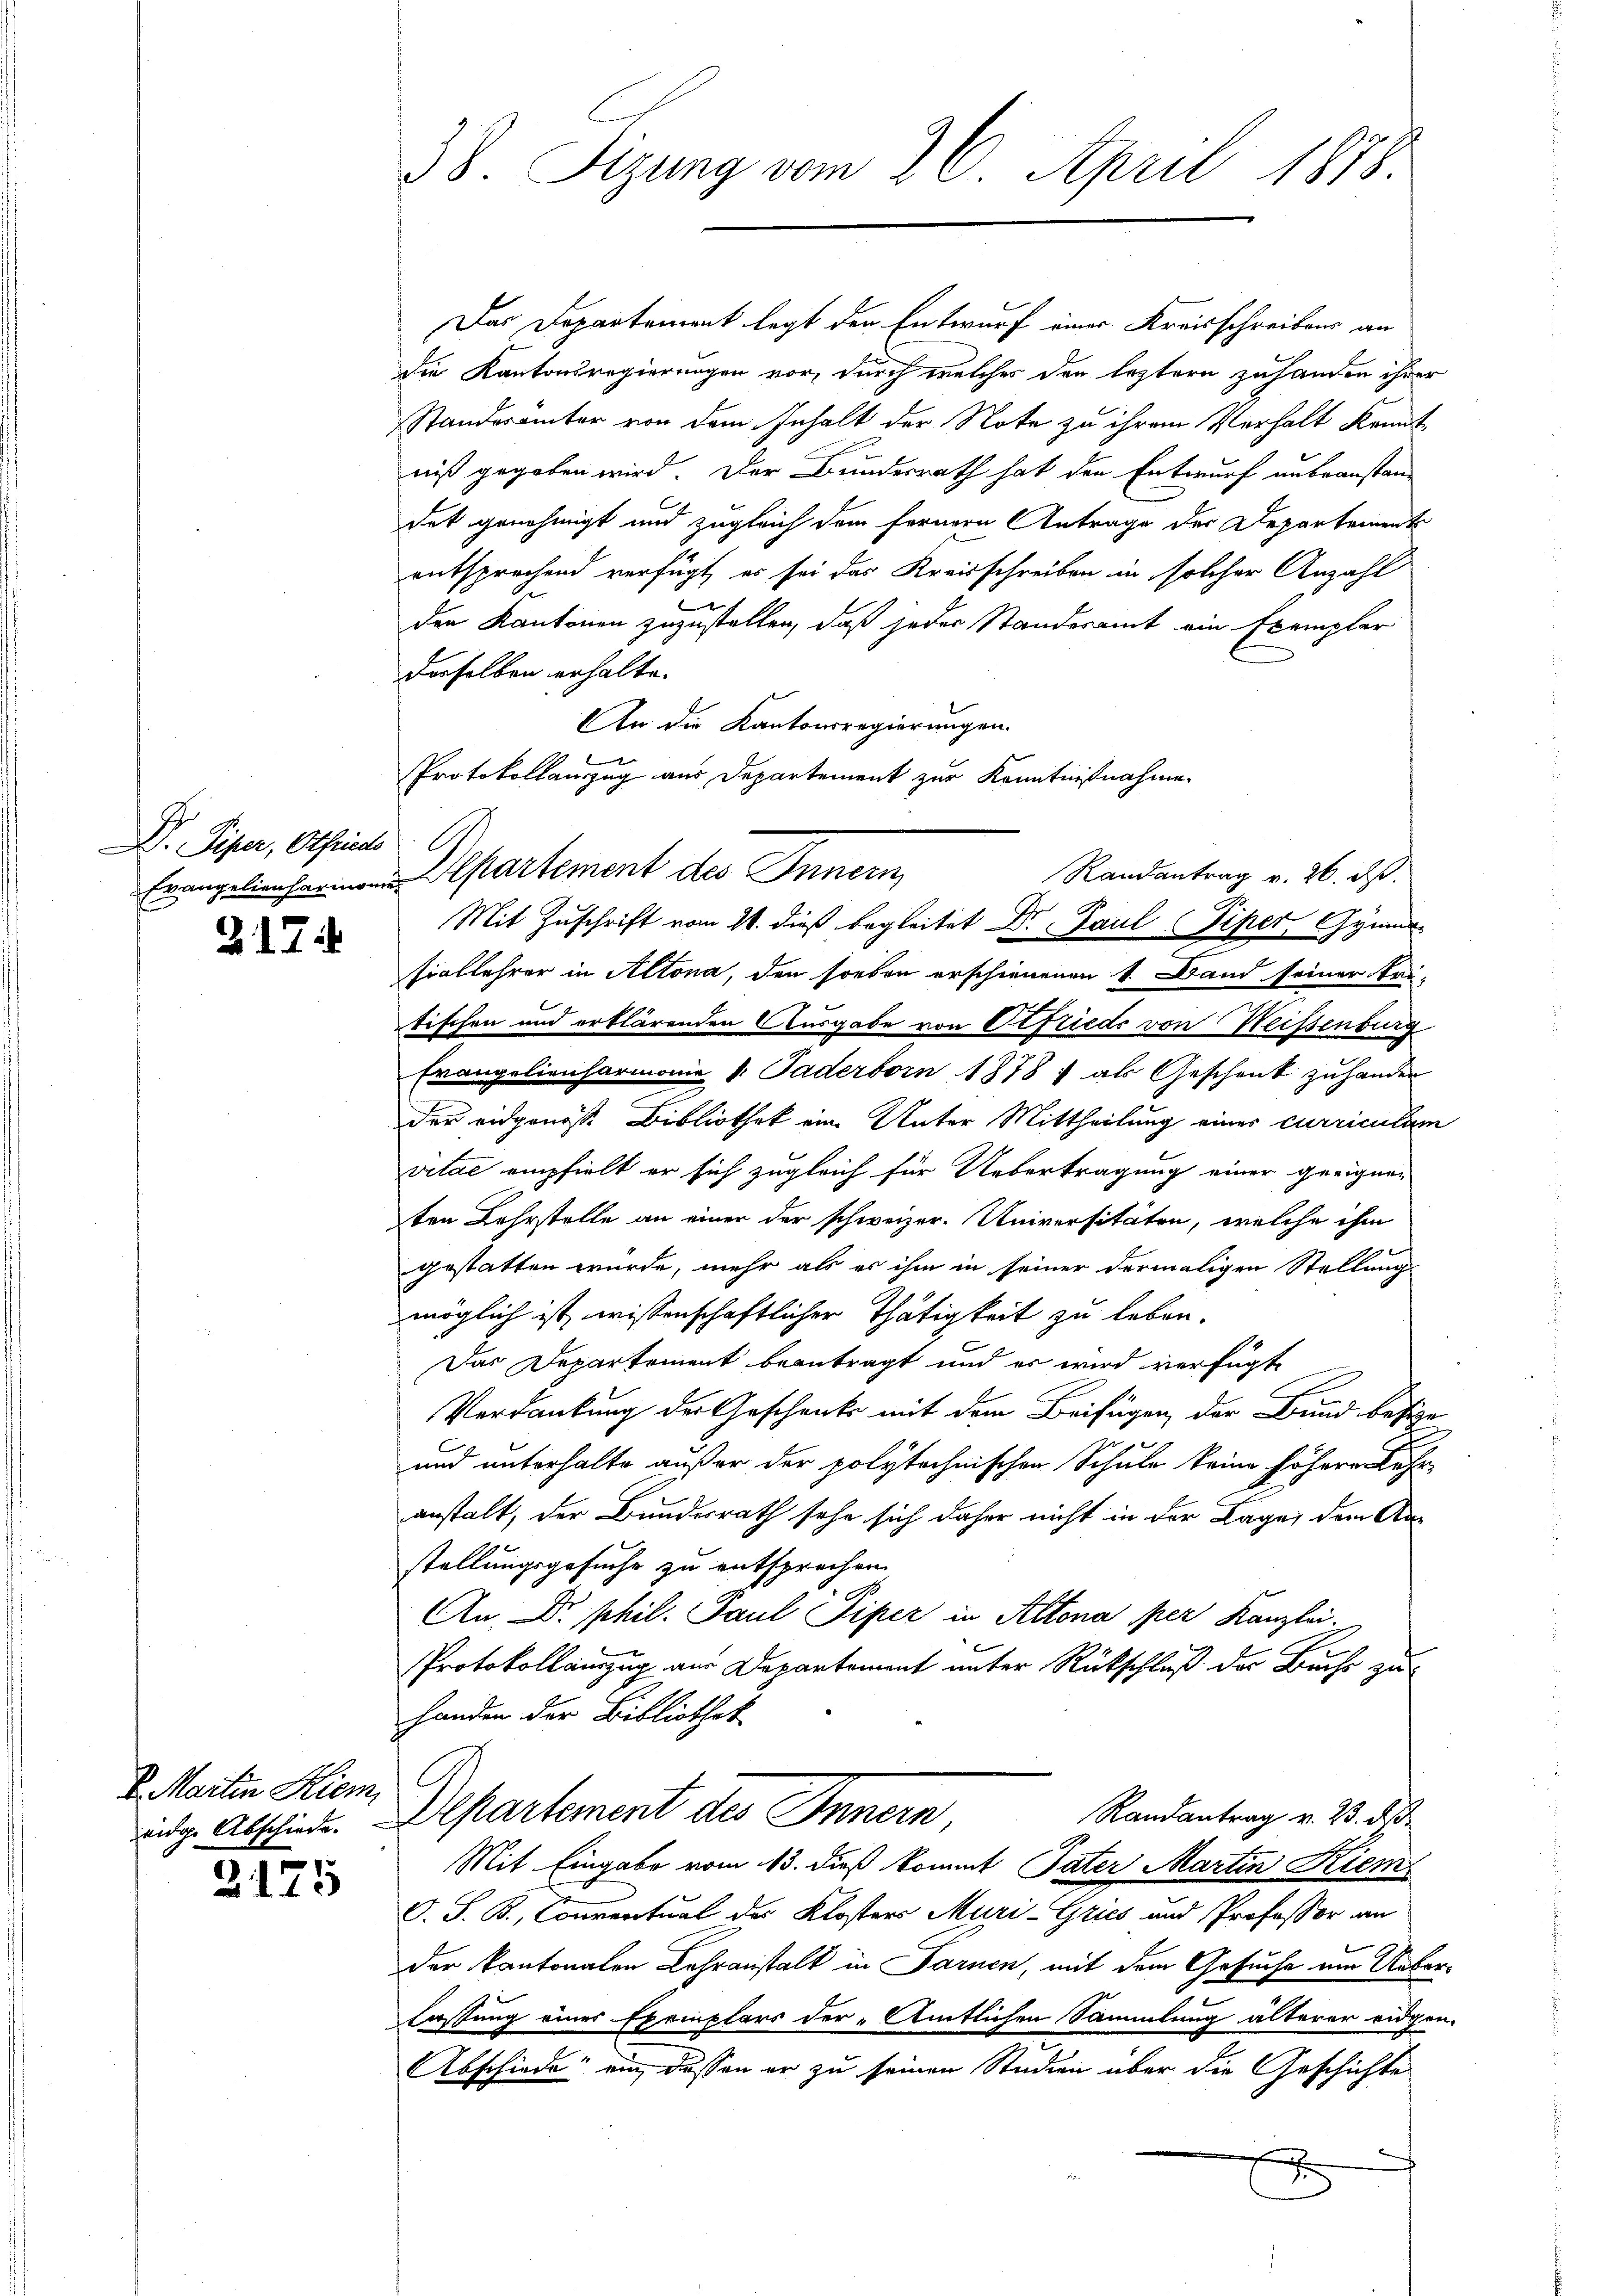
Dr. Piper, Othias G

2. 17

S. Martin Hiem

2175

38. Sizung vom 26. April 1878.

Protokollauszug aus Departement zur Kenntnißnahme
Randantrag v. 26. ds.
Evangelienharmoni partement des Innern
Mit Zuschrift vom 21. dieß begleitet Dr. Paul Piper Gymn

Das Departement legt den Entwurf einer Kreisschreibens an
die Kantonsregierungen vor, durch welches den leztern zuhanden ihrer
Standerämter von dem Inhalt der Note zu ihrem Verhalt konnt
niß gegeben wird. Der Bundesrath hat den Entwurf unbeanstan-
det genehmigt und zugleich dem fernern Antrage der Departement
entsprechend verfügt, es sei das Kreisschreiben in solcher Anzahl
den Kantonen zuzustellen, daß jeder Standesamt ein Exemplar
derselben erhalte.
An die Kantonsregierungen.
siallehrer in Altona, den soeben erschienenen 1. Band seiner tri-
tischen und erklärenden Ausgabe von Frieds von Weissenburg
Erangelienharmonie v. Paderborn 1878 , als Geschenk zuhander
der eidgenösse Bibliothek eine Unter Mittheilung eines curriculum
vitae empfielt er sich zugleich für Uebertragung einer geeignen
ten Lehrstelle an einer der schweizer. Universitäten, welche ihm
gestatten wurde, mehr als es ihm in seiner dermaligen Stellung
möglich ist wissenschaftlicher Thätigkeit zu leben.
Das Departement beantragt und er wird verfügt
Verdankung der Geschenk mit dem Beifügen, der Bund besige
5
und unterhalte außer der polytechnischen Schule keine höhere Lehr
anstalt, der Bundesrath sehe sich daher nicht in der Lage, dem An-
stellungsgesuche zu entsprechen.
An, Dr. phil. Paul Piper in Altona per Kanzlei.
Protokollauszug aus Departement unter Rückschluß der Buchs zu
Handen der Bibliothek
Randantrag v. 23. ds
eidg. Abschiede. Departement des Innern,
Mit Eingabe vom 13. dieß kommt Pater Martin Kiem
O. S. B., Conventual des Klosters Muri-Gries und Professor an
der kantonalen Lehranstalt in Farnen, mit dem Gesuche am Ueberlassung eines Exemplars der „Amtlichen Sammlung älterer eidgen
Abschiede: ein, dessen er zu seinen Studien über die Geschichte

.